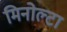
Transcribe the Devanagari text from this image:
मिनोल्टा